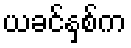
ယခင်နှစ်က